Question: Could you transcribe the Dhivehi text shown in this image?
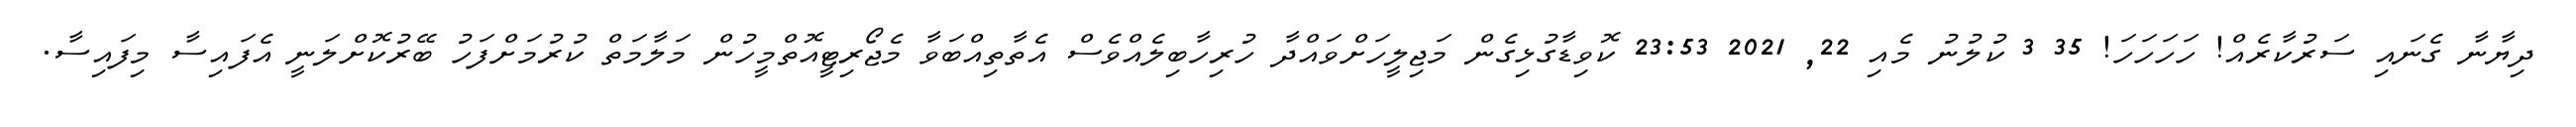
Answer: ދިޔާނާ ގެނައި ސަރުކާރެއް! ހަހަހަހަ! 35 3 ކުލުނު މެއި 22, 2021 23:53 ކޮވިޑާގުޅިގެން މަޖިލީހަށްވައްދާ ހުރިހާބިލެއްވެސް އެތާތިއްބަވާ މެޖޯރިޓީއޮތްމީހުން މަލާމަތް ކުރުމަށްފަހު ބޭރުކޮށްލަނީ އެފައިސާ މިފައިސާ.